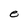
Character: e